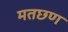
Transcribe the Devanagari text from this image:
मतछण